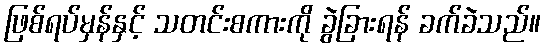
ဖြစ်ရပ်မှန်နှင့် သတင်းစကားကို ခွဲခြားရန် ခက်ခဲသည်။